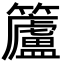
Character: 𮆿